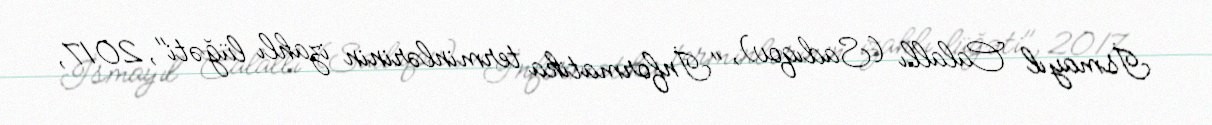
İsmayıl Calallı (Sadıqov), "İnformatika terminlərinin izahlı lüğəti", 2017,